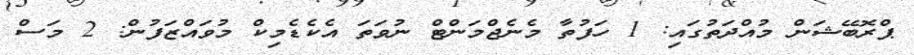
ޕްރޮބޭޝަން މުއްދަތުގައި: 1 ހަފުތާ މެނެޖްމަންޓް ނުވަތަ އެކެޑެމިކް މުވައްޒަފުން: 2 މަސް